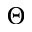
\Theta